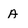
Character: A